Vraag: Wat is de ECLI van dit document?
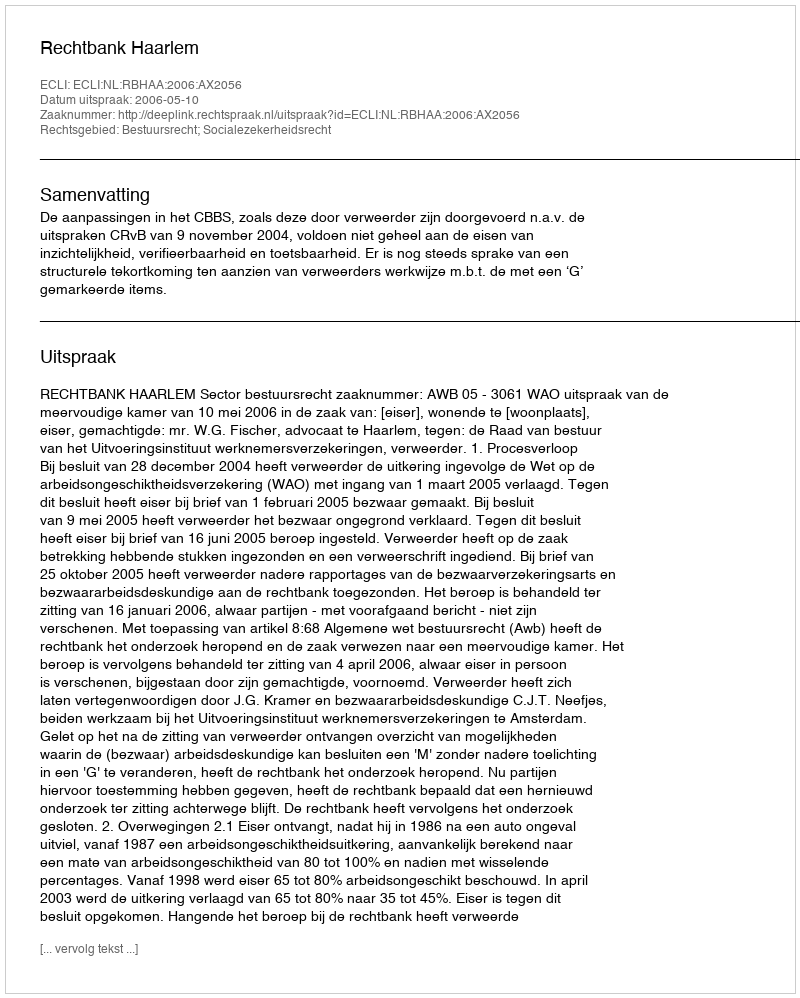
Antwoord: ECLI:NL:RBHAA:2006:AX2056